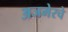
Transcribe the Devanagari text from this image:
अजमेरचे